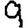
Digit: 9